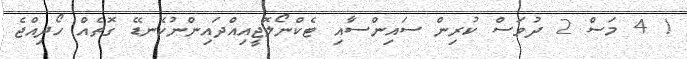
! 4 މަސް 2 ދުވަސް ކުރިން ސައިންސާއި ޓެކްނޯލޮޖީއިއްދައިންނުކެނޑޭ ގޮތެއް ހޯދިއްޖެ